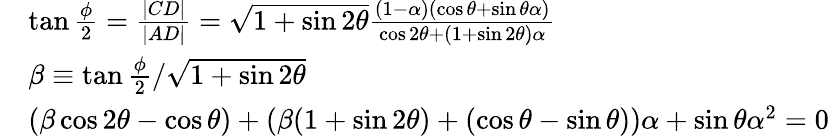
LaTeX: \begin{array}{rl}&{\tan\frac{\phi}{2}=\frac{|CD|}{|AD|}=\sqrt{1+\sin 2\theta}\frac{(1-\alpha)(\cos\theta+\sin\theta\alpha)}{\cos 2\theta+(1+\sin 2\theta)\alpha}}\\ &{\beta\equiv\tan\frac{\phi}{2}/\sqrt{1+\sin 2\theta}}\\ &{(\beta\cos 2\theta-\cos\theta)+(\beta(1+\sin 2\theta)+(\cos\theta-\sin\theta))\alpha+\sin\theta\alpha^{2}=0}\end{array}